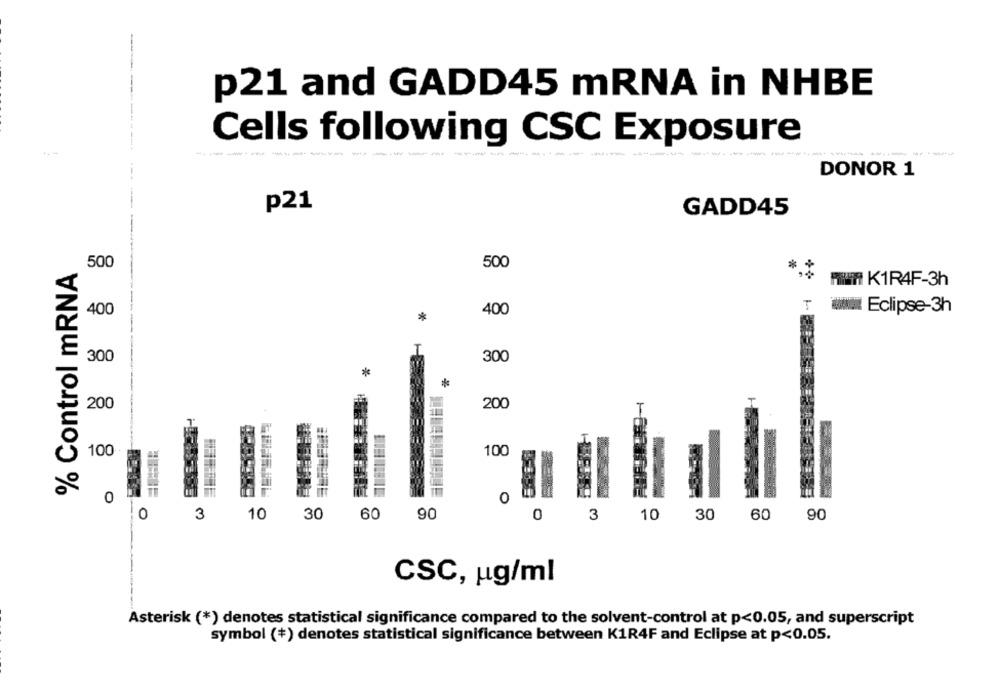
-
p21 and GADD45 mRNA in NHBE
Cells following CSC Exposure
------
-----
DONOR 1
p21
GADD45
500
% Control mRNA
500
MIT K1R4F-3h
400
400
Eclipse-3h
*
300
300
*
200
200
100
100
8 0
0
0
3
10
30
60
90
0
3
10
30
60
90
CSC, ug/ml
Asterisk (*) denotes statistical significance compared to the solvent-control at p<0.05, and superscript
symbol (+) denotes statistical significance between K1R4F and Eclipse at p<0.05.